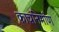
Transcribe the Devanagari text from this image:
काचनिर्माण